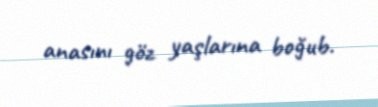
anasını göz yaşlarına boğub.